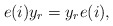
\begin{align*} e(i)y_r=y_r e(i),\end{align*}